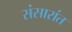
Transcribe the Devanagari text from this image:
संसारांत